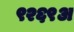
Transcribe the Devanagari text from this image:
९२६९अ